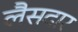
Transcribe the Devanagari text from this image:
लैसदार